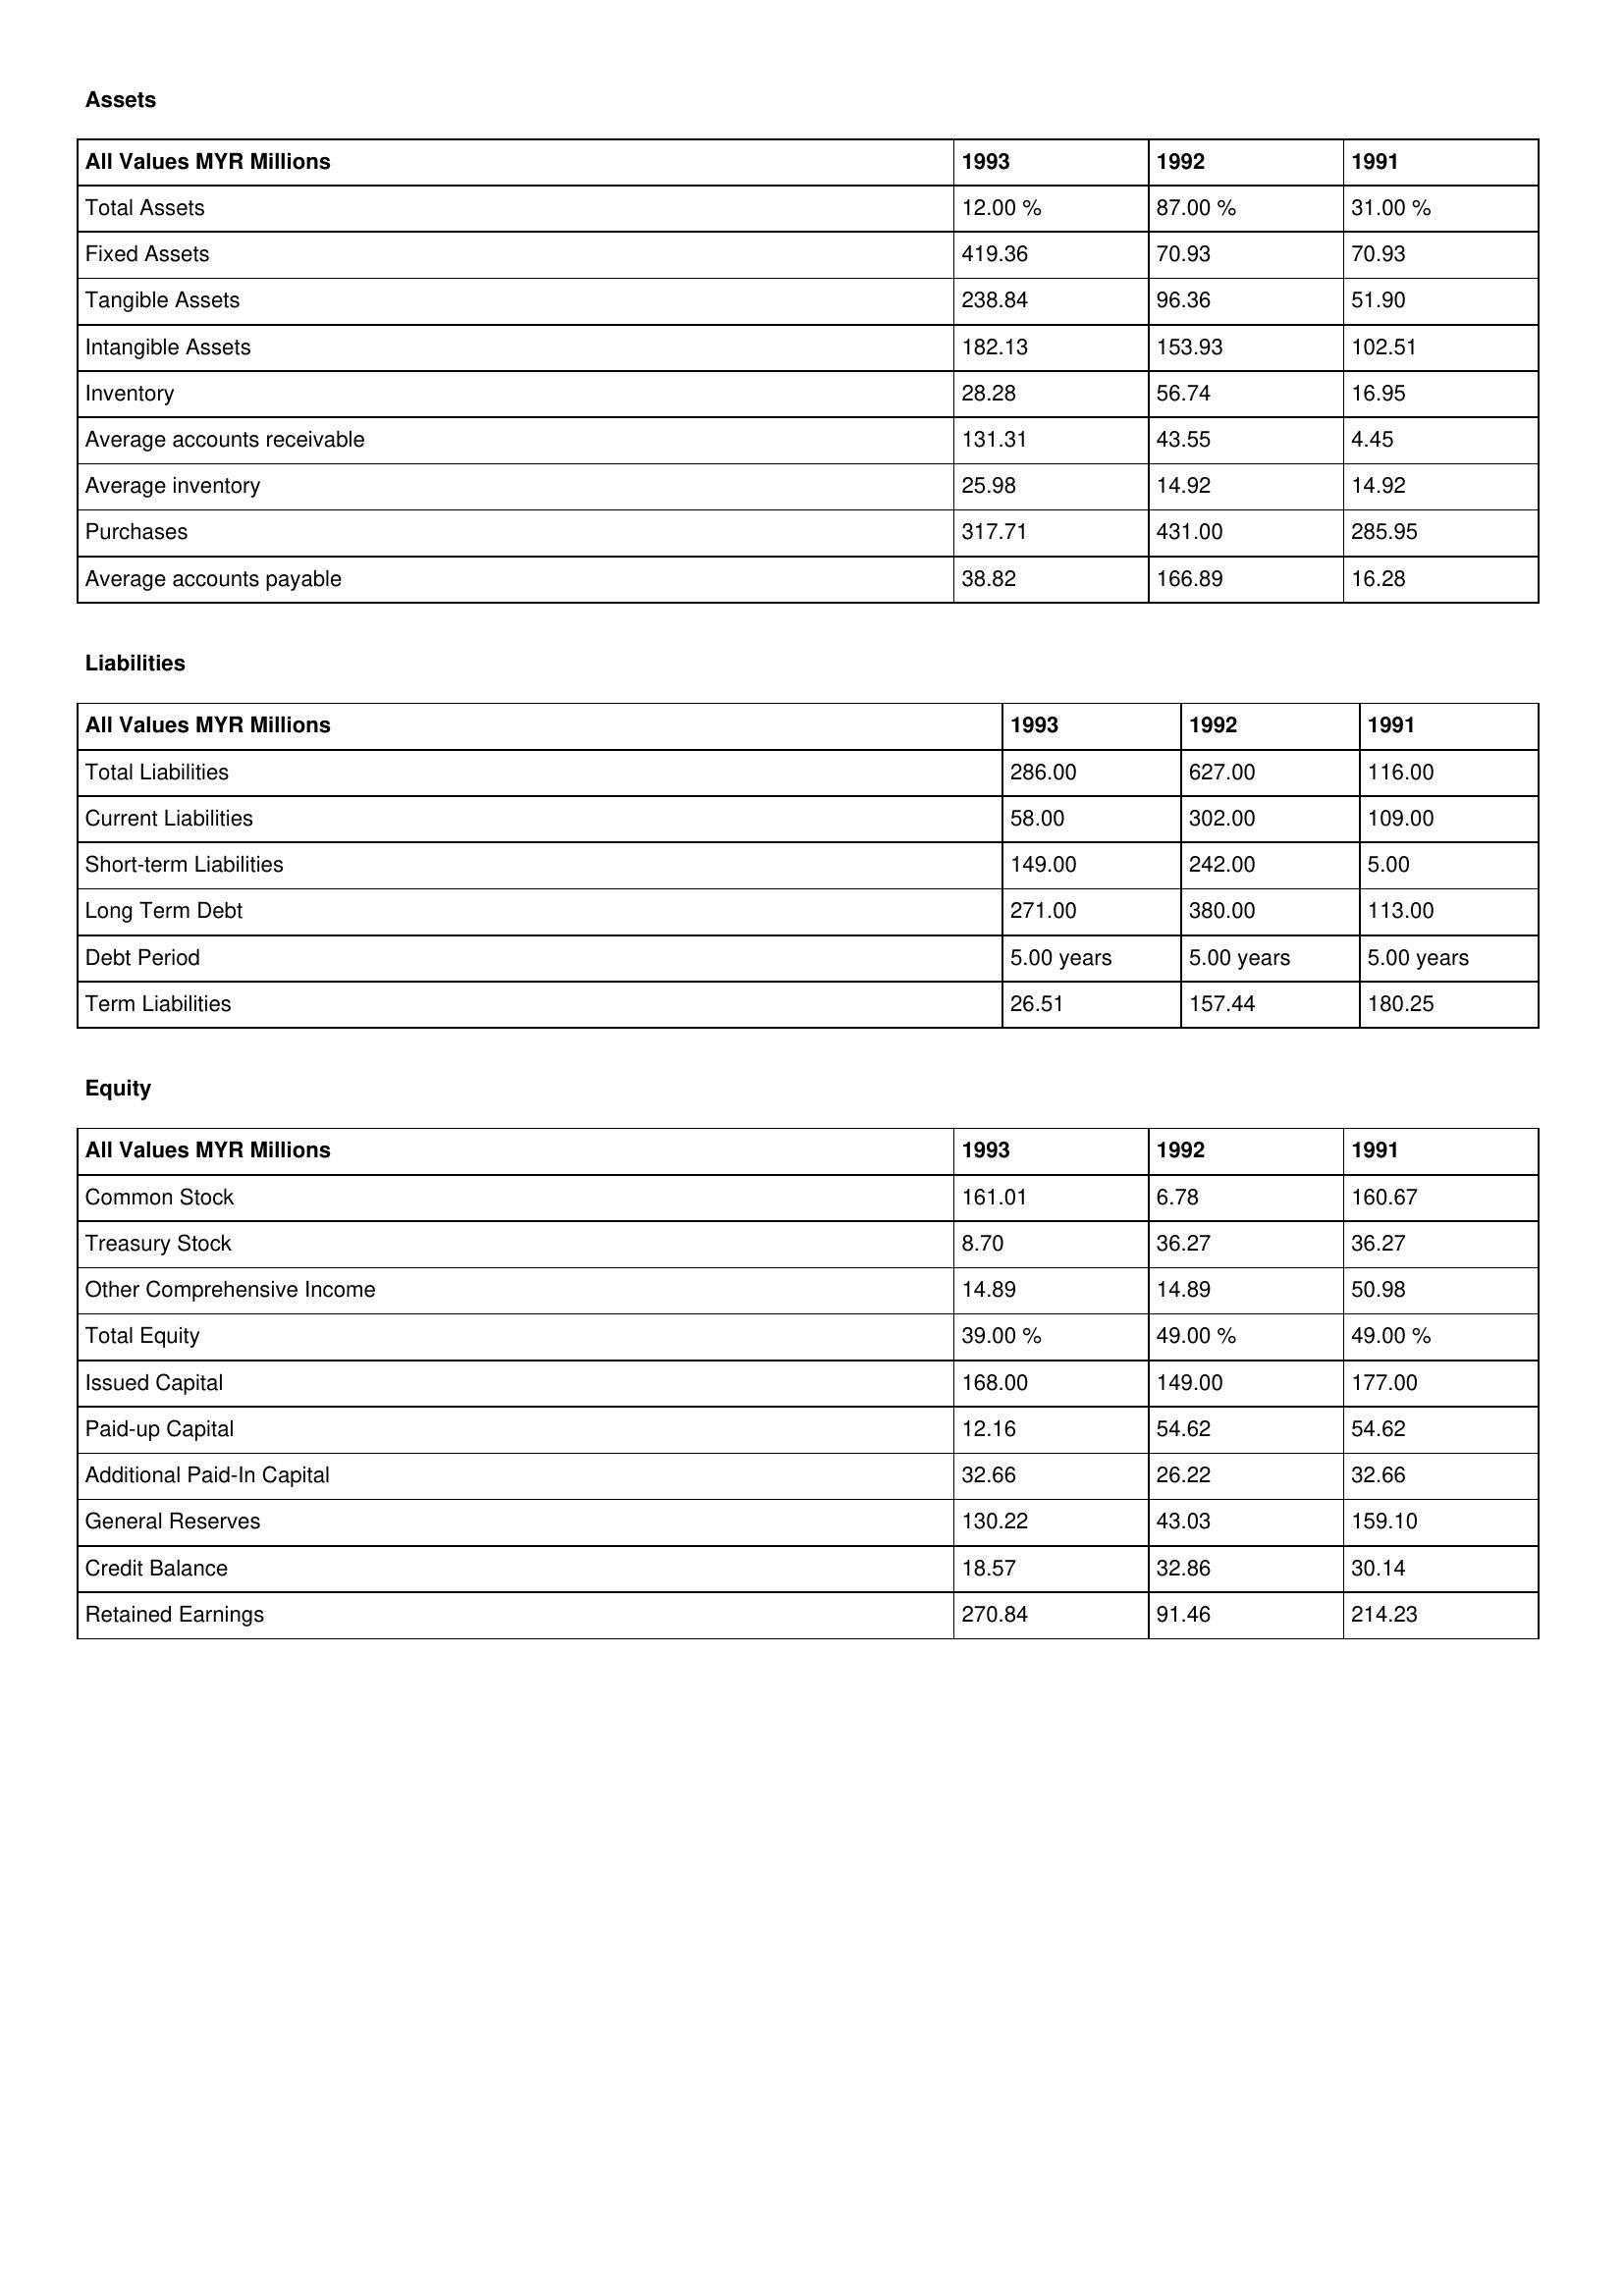
gt_parse: 1993: Assets: Total Assets: 12.00 %
Fixed Assets: 419.36
Tangible Assets: 238.84
Intangible Assets: 182.13
Inventory: 28.28
Average accounts receivable: 131.31
Average inventory: 25.98
Purchases: 317.71
Average accounts payable: 38.82
Liabilities: Total Liabilities: 286.00
Current Liabilities: 58.00
Short-term Liabilities: 149.00
Long Term Debt: 271.00
Debt Period: 5.00 years
Term Liabilities: 26.51
Equity: Common Stock: 161.01
Treasury Stock: 8.70
Other Comprehensive Income: 14.89
Total Equity: 39.00 %
Issued Capital: 168.00
Paid-up Capital: 12.16
Additional Paid-In Capital: 32.66
General Reserves: 130.22
Credit Balance: 18.57
Retained Earnings: 270.84
1992: Assets: Total Assets: 87.00 %
Fixed Assets: 70.93
Tangible Assets: 96.36
Intangible Assets: 153.93
Inventory: 56.74
Average accounts receivable: 43.55
Average inventory: 14.92
Purchases: 431.00
Average accounts payable: 166.89
Liabilities: Total Liabilities: 627.00
Current Liabilities: 302.00
Short-term Liabilities: 242.00
Long Term Debt: 380.00
Debt Period: 5.00 years
Term Liabilities: 157.44
Equity: Common Stock: 6.78
Treasury Stock: 36.27
Other Comprehensive Income: 14.89
Total Equity: 49.00 %
Issued Capital: 149.00
Paid-up Capital: 54.62
Additional Paid-In Capital: 26.22
General Reserves: 43.03
Credit Balance: 32.86
Retained Earnings: 91.46
1991: Assets: Total Assets: 31.00 %
Fixed Assets: 70.93
Tangible Assets: 51.90
Intangible Assets: 102.51
Inventory: 16.95
Average accounts receivable: 4.45
Average inventory: 14.92
Purchases: 285.95
Average accounts payable: 16.28
Liabilities: Total Liabilities: 116.00
Current Liabilities: 109.00
Short-term Liabilities: 5.00
Long Term Debt: 113.00
Debt Period: 5.00 years
Term Liabilities: 180.25
Equity: Common Stock: 160.67
Treasury Stock: 36.27
Other Comprehensive Income: 50.98
Total Equity: 49.00 %
Issued Capital: 177.00
Paid-up Capital: 54.62
Additional Paid-In Capital: 32.66
General Reserves: 159.10
Credit Balance: 30.14
Retained Earnings: 214.23